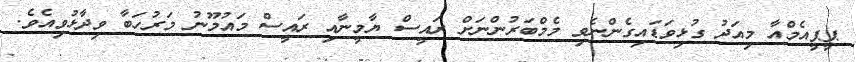
ޕީޕީއެމްއާ މިއަދު ގުޅިވަޑައިގެންނެވި މެމްބަރުންނަށް ރައީސް ޔާމީނާއި ރައީސް މައުމޫނު މަރުހަބާ ވިދާޅުވިއެވެ.